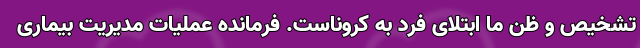
تشخیص و ظن ما ابتلای فرد به کروناست. فرمانده عملیات مدیریت بیماری